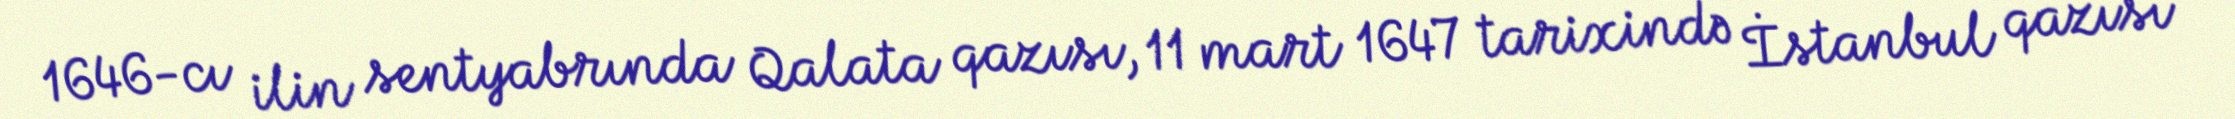
1646-cı ilin sentyabrında Qalata qazısı, 11 mart 1647 tarixində İstanbul qazısı